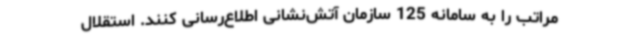
مراتب را به سامانه 125 سازمان آتش‌نشانی اطلاع‌رسانی کنند. استقلال